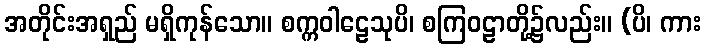
အတိုင်းအရှည် မရှိကုန်သော။ စက္ကဝါဠေသုပိ၊ စကြဝဠာတို့၌လည်း။ (ပိ၊ ကား